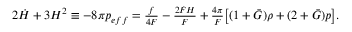
\begin{array} { r } { 2 \dot { H } + 3 H ^ { 2 } \equiv - 8 \pi p _ { e f f } = \frac { f } { 4 F } - \frac { 2 \dot { F } H } { F } + \frac { 4 \pi } { F } \big [ ( 1 + \bar { G } ) \rho + ( 2 + \bar { G } ) p \big ] . } \end{array}